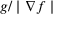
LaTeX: g / \mid \nabla f \mid